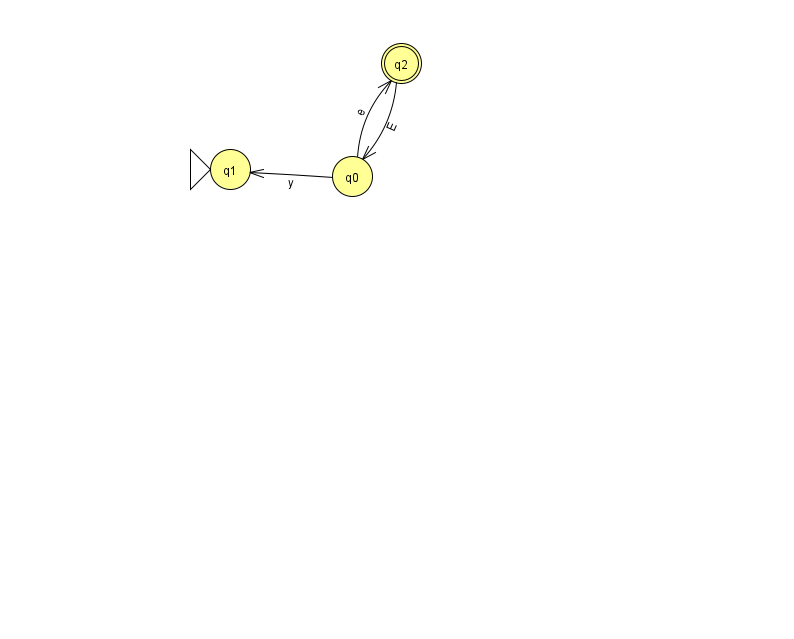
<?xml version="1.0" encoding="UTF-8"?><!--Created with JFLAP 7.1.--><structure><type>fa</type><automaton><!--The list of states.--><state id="0" name="q0"><x>352.0</x><y>163.0</y></state><state id="1" name="q1"><x>230.0</x><y>156.0</y><initial/></state><state id="2" name="q2"><x>401.0</x><y>50.0</y><final/></state><!--The list of transitions.--><transition><from>0</from><to>1</to><read>y</read></transition><transition><from>0</from><to>2</to><read>e</read></transition><transition><from>2</from><to>0</to><read>E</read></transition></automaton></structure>